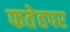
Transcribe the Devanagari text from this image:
फतेहपर